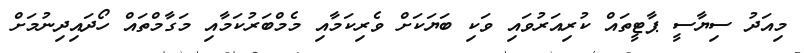
މިއަދު ސިޔާސީ ޕާޓީތައް ކުރިއަރުވައި ވަކި ބަޔަކަށް ވެރިކަމާއި މެމްބަރުކަމާއި މަގާމްތައް ހޯދައިދިނުމަށް